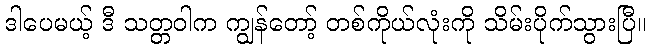
ဒါပေမယ့် ဒီ သတ္တဝါက ကျွန်တော့် တစ်ကိုယ်လုံးကို သိမ်းပိုက်သွားပြီ။